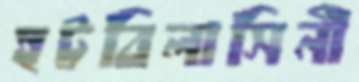
হট্টবিলাসিনী